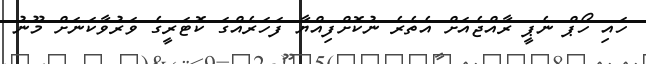
ހައި ހޯޕް ނެޕީ ރާއްޖެއަށް އެތެރެ ނުކޮށްފިއްޔާ ފަހަރެއްގަ ކޮޓަރީގެ ވަރުވާކަނަށް މޫނު